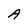
Character: A